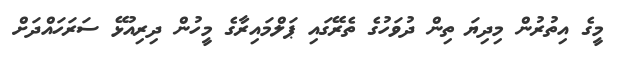
މީގެ އިތުރުން މިދިޔަ ތިން ދުވަހުގެ ތެރޭގައި ޕަލްމައިރާގެ މީހުން ދިރިއުޅޭ ސަރަހައްދަށް